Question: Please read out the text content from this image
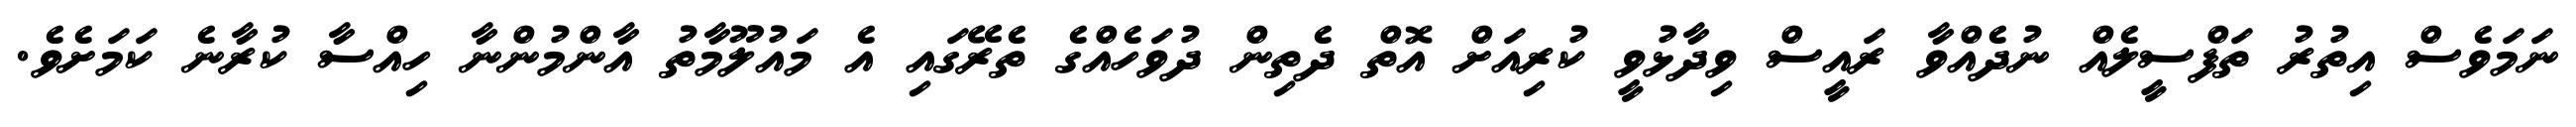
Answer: ނަމަވެސް އިތުރު ތަފްސީލެއް ނުދެއްވާ ރައީސް ވިދާޅުވީ ކުރިއަށް އޮތް ދެތިން ދުވަހެއްގެ ތެރޭގައި އެ މައުލޫމާތު އާންމުންނާ ހިއްސާ ކުރާނެ ކަމަށެވެ.